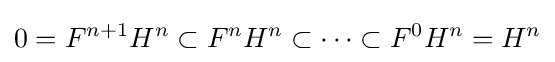
0=F^{n+1}H^{n}\subset F^{n}H^{n}\subset \dots \subset F^{0}H^{n}=H^{n}